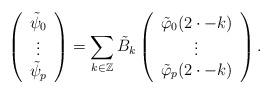
LaTeX: \begin{align*}\left ( \begin{array}{c} \tilde{\psi}_{0} \\ \vdots \\ \tilde{\psi}_{p} \end{array} \right ) = \sum_{k \in \mathbb{Z}} \tilde{B}_{k} \left ( \begin{array}{c} \tilde{\varphi}_{0}(2 \cdot - k) \\ \vdots \\ \tilde{\varphi}_{p}(2 \cdot - k) \end{array} \right ) .\end{align*}